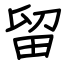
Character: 留